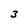
Character: 3